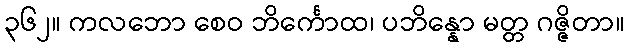
၃၆၂။ ကလဘော စေဝ ဘိင်္ကောထ၊ ပဘိန္နော မတ္တ ဂဇ္ဇိတာ။